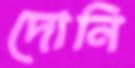
দোনি